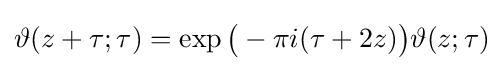
\vartheta (z+\tau ;\tau )=\exp {\bigl (}-\pi i(\tau +2z){\bigr )}\vartheta (z;\tau )